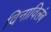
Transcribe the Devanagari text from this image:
विनाविलंब